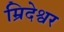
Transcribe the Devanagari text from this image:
म्रिदेश्वर